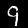
Label: 9